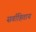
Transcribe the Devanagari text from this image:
सर्वाहिताय